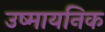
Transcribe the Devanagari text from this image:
उष्मायनिक